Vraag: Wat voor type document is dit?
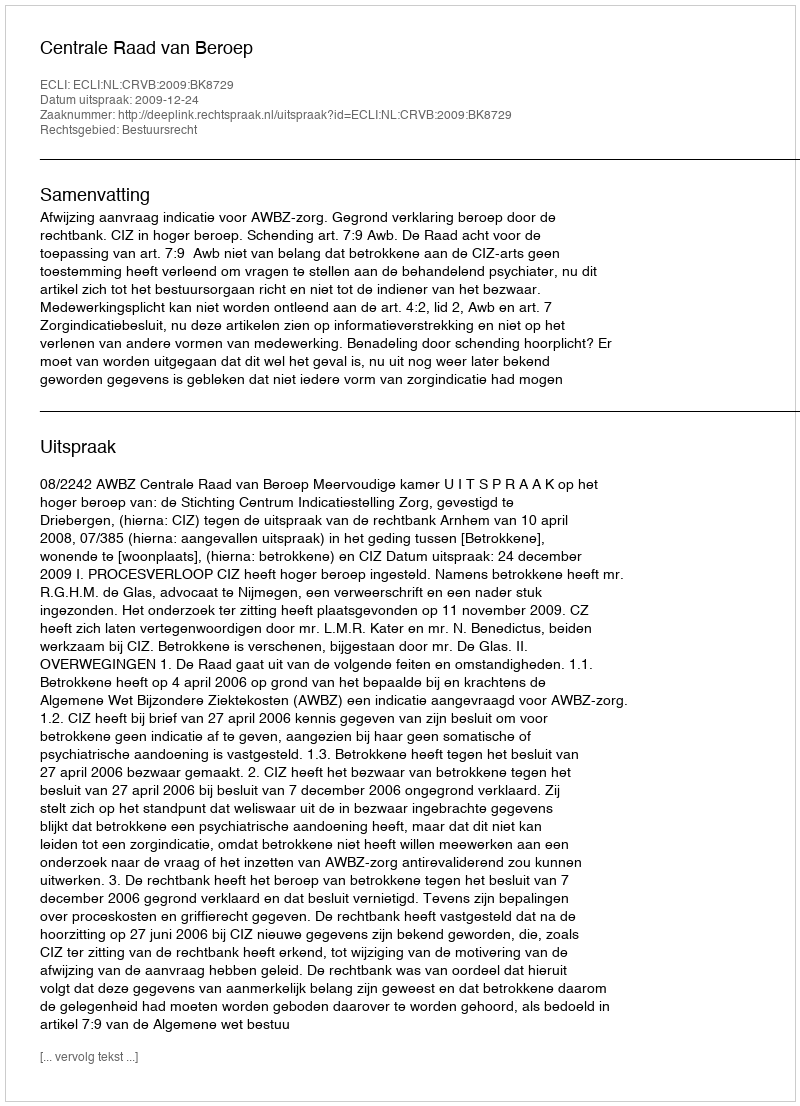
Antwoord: Uitspraak